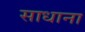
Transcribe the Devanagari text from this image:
साधाना